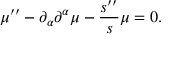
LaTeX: \mu ^ { \prime \prime } - \partial _ { \alpha } \partial ^ { \alpha } \mu - \frac { s ^ { \prime \prime } } { s } \mu = 0 .